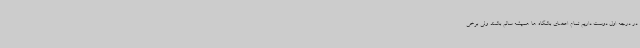
در درجه اول دوست داریم تمام اعضای باشگاه ها همیشه سالم باشند ولی برخی